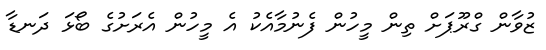
ޒުވާން ގްރޫޕަށް ތިން މީހުން ފެނުމާއެކު އެ މީހުން އެރަށުގެ ބޯޅަ ދަނޑާ